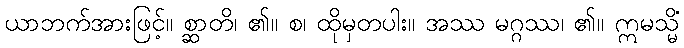
ယာဘက်အားဖြင့်။ စ္ဆာတိ၊ ၏။ စ၊ ထိုမှတပါး။ အဿ မဂ္ဂဿ၊ ၏။ ဣမသ္မိံ